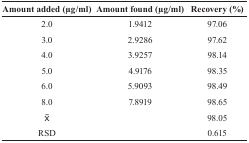
<table><thead><tr><td><b>Amount added (μg/ml)</b></td><td><b>Amount found (μg/ml)</b></td><td><b>Recovery (%)</b></td></tr></thead><tbody><tr><td>2.0</td><td>1.9412</td><td>97.06</td></tr><tr><td>3.0</td><td>2.9286</td><td>97.62</td></tr><tr><td>4.0</td><td>3.9257</td><td>98.14</td></tr><tr><td>5.0</td><td>4.9176</td><td>98.35</td></tr><tr><td>6.0</td><td>5.9093</td><td>98.49</td></tr><tr><td>8.0</td><td>7.8919</td><td>98.65</td></tr><tr><td><overline>X</overline></td><td></td><td>98.05</td></tr><tr><td>RSD</td><td></td><td>0.615</td></tr></tbody></table>